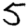
Digit: 5